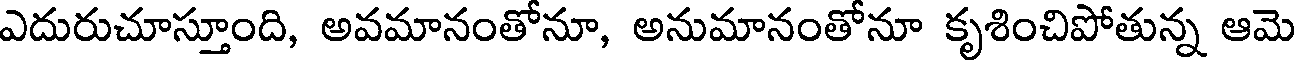
ఎదురుచూస్తూంది, అవమానంతోనూ, అనుమానంతోనూ కృశించిపోతున్న ఆమె